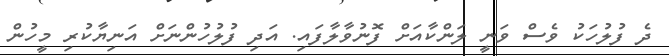
ދެ ފުލުހަކު ވެސް ވަނީ ލަންކާއަށް ފޮނުވާލާފައި. އަދި ފުލުހުންނަށް އަނިޔާކުރި މީހުން